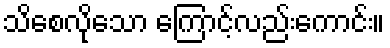
သိစေလိုသော ကြောင့်လည်းကောင်း။